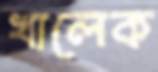
খালেক